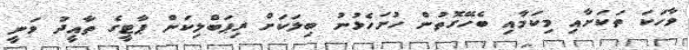
ވާހަކަ ތަކަށާއި މިކަމާއި ބެހޭގޮތުން ހުށަހެޅުނު ބިލަކަށް ރިޕަބްލިކަން ޕާޓީގެ ތާއީދު ވަނީ